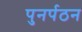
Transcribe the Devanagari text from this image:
पुनर्पठन